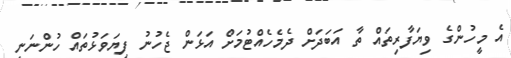
އެ މީހުންގެ ވިޔަފާރިތައް ތާ އަބަދަށް ދެމެހެއްޓުމަށް އަޅަން ޖެހުނު ފިޔަވަޅުތައް ހުންނަނީ